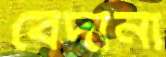
বেদানা